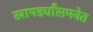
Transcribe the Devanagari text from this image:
खापर्ड्यांसमवेत